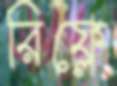
রিফ্লে